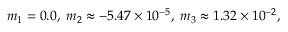
m _ { 1 } = 0 . 0 , \; m _ { 2 } \approx - 5 . 4 7 \times 1 0 ^ { - 5 } , \; m _ { 3 } \approx 1 . 3 2 \times 1 0 ^ { - 2 } ,